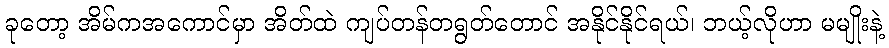
ခုတော့ အိမ်ကအကောင်မှာ အိတ်ထဲ ကျပ်တန်တရွတ်တောင် အနိုင်နိုင်ရယ်၊ ဘယ့်လိုဟာ မမျိုးနဲ့